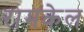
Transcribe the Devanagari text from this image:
रामकेल